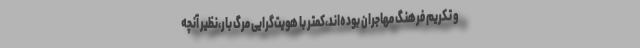
و تکریم فرهنگ مهاجران بوده‌اند،کمتر با هویت‌گرایی مرگ بار،نظیر آنچه